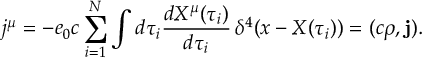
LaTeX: j ^ { \mu } = - e _ { 0 } c \sum _ { i = 1 } ^ { N } \int d \tau _ { i } \frac { d X ^ { \mu } ( \tau _ { i } ) } { d \tau _ { i } } \, \delta ^ { 4 } ( x - X ( \tau _ { i } ) ) = ( c \rho , { \mathbf j } ) .